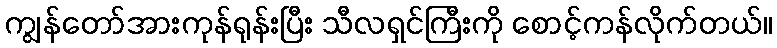
ကျွန်တော်အားကုန်ရုန်းပြီး သီလရှင်ကြီးကို စောင့်ကန်လိုက်တယ်။